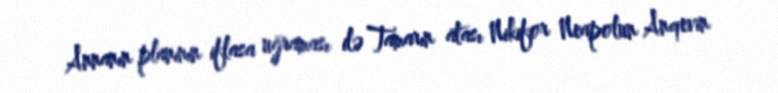
Annanın planının iflasa uğraması ilə Tamarın atası Nikifor Neapolun Anqevin